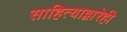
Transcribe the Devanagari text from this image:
साहित्याद्वारेही